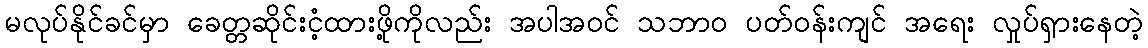
မလုပ်နိုင်ခင်မှာ ခေတ္တဆိုင်းငံ့ထားဖို့ကိုလည်း အပါအ၀င် သဘာ၀ ပတ်၀န်းကျင် အရေး လှုပ်ရှားနေတဲ့